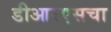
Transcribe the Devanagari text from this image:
डीआरएसचा